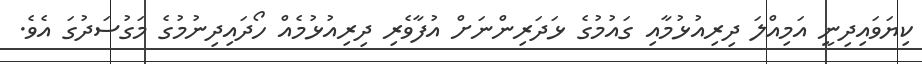
ކިޔަވައިދިނީ އަމިއްލަ ދިރިއުޅުމާއި ގައުމުގެ ޅަދަރިންނަށް އުފާވެރި ދިރިއުޅުމެއް ހޯދައިދިނުމުގެ މަގުސަދުގަ އެވެ.